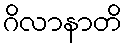
ဂိလာနာတိ